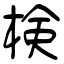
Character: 検